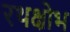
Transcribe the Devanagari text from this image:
रथक्षोभ